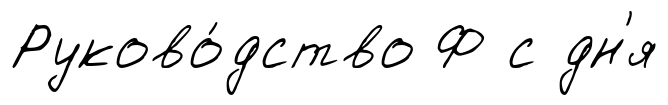
Руково́дство Ф с дн'я